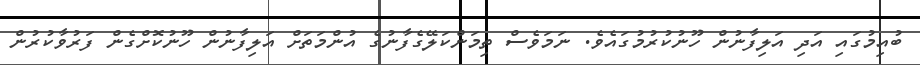
ބުއިމުގައި އަދި އަލިފާނުން ހޫނުކުރުމުގައެވެ. ނަމަވެސް ތިމަންކަލޭގެފާނުގެ އުންމަތަށް އަލިފާނުން ހޫނުކޮށްގެން ފަރުވާކުރުން